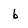
Character: b